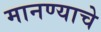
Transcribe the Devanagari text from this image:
मानण्याचे